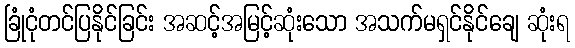
ခြုံငုံတင်ပြနိုင်ခြင်း အဆင့်အမြင့်ဆုံးသော အသက်မရှင်နိုင်ချေ ဆုံးရ